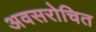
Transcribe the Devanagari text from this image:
अवसरोचित